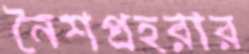
নৈশপ্রহরার